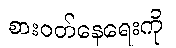
စားဝတ်နေရေးကို